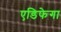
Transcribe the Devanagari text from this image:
एडिफेगा